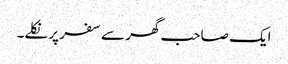
ایک صاحب گھر سے سفر پر نکلے۔